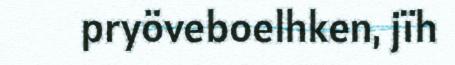
pryöveboelhken, jïh